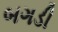
બગડી